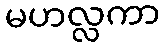
မဟလ္လကာ